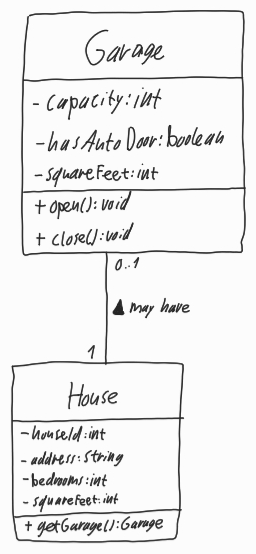
Diagram type: class_diagram
```plantuml
@startuml

class Garage {
  - capacity: int
  - hasAutoDoor: boolean
  - squareFeet: int
  + open(): void
  + close(): void
}

class House {
  - houseId: int
  - address: String
  - bedrooms: int
  - squareFeet: int
  + getGarage(): Garage
}

Garage "0..1" -- "1" House : may have <

@enduml
```